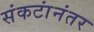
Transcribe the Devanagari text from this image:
संकटांनंतर